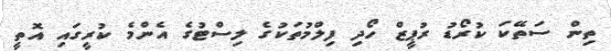
ތިން ސަތޭކަ ކުރޯޑު ރުޕީޒް ހޯދި ފިލްމުތަކުގެ ލިސްޓުގެ އެންމެ ކުރީގައި އޮތީ